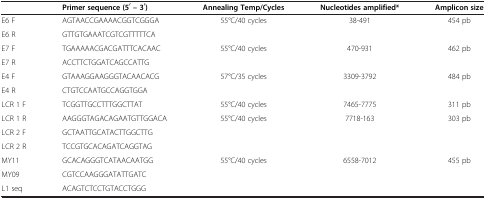
<table><thead><tr><td><b> </b></td><td><b>Primer sequence (5′ – 3′)</b></td><td><b>Annealing Temp/Cycles</b></td><td><b>Nucleotides amplified*</b></td><td><b>Amplicon size</b></td></tr></thead><tbody><tr><td>E6 F</td><td>AGTAACCGAAAACGGTCGGGA</td><td>55°C/40 cycles</td><td>38-491</td><td>454 pb</td></tr><tr><td>E6 R</td><td>GTTGTGAAATCGTCGTTTTTCA</td><td> </td><td> </td><td> </td></tr><tr><td>E7 F</td><td>TGAAAAACGACGATTTCACAAC</td><td>55°C/40 cycles</td><td>470-931</td><td>462 pb</td></tr><tr><td>E7 R</td><td>ACCTTCTGGATCAGCCATTG</td><td> </td><td> </td><td> </td></tr><tr><td>E4 F</td><td>GTAAAGGAAGGGTACAACACG</td><td>57°C/35 cycles</td><td>3309-3792</td><td>484 pb</td></tr><tr><td>E4 R</td><td>CTGTCCAATGCCAGGTGGA</td><td> </td><td> </td><td> </td></tr><tr><td>LCR 1 F</td><td>TCGGTTGCCTTTGGCTTAT</td><td>55°C/40 cycles</td><td>7465-7775</td><td>311 pb</td></tr><tr><td>LCR 1 R</td><td>AAGGGTAGACAGAATGTTGGACA</td><td>55°C/40 cycles</td><td>7718-163</td><td>303 pb</td></tr><tr><td>LCR 2 F</td><td>GCTAATTGCATACTTGGCTTG</td><td> </td><td> </td><td> </td></tr><tr><td>LCR 2 R</td><td>TCCGTGCACAGATCAGGTAG</td><td> </td><td> </td><td> </td></tr><tr><td>MY11</td><td>GCACAGGGTCATAACAATGG</td><td>55°C/40 cycles</td><td>6558-7012</td><td>455 pb</td></tr><tr><td>MY09</td><td>CGTCCAAGGGATATTGATC</td><td> </td><td> </td><td> </td></tr><tr><td>L1 seq</td><td>ACAGTCTCCTGTACCTGGG</td><td> </td><td> </td><td> </td></tr></tbody></table>